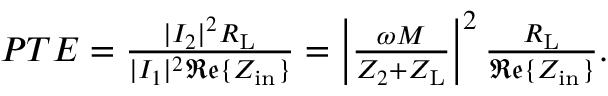
\begin{array} { r } { { P T E } = \frac { | I _ { 2 } | ^ { 2 } R _ { \mathrm { L } } } { | I _ { 1 } | ^ { 2 } \mathfrak { R e } \{ Z _ { \mathrm { i n } } \} } = \left| \frac { \omega M } { Z _ { 2 } + Z _ { \mathrm { L } } } \right| ^ { 2 } \frac { R _ { \mathrm { L } } } { \mathfrak { R e } \{ Z _ { \mathrm { i n } } \} } . } \end{array}